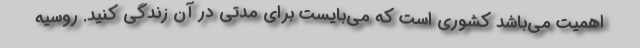
اهمیت می‌باشد کشوری است که می‌بایست برای مدتی در آن زندگی کنید. روسیه